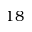
1 8